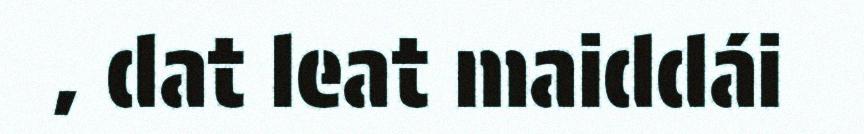
, dat leat maiddái